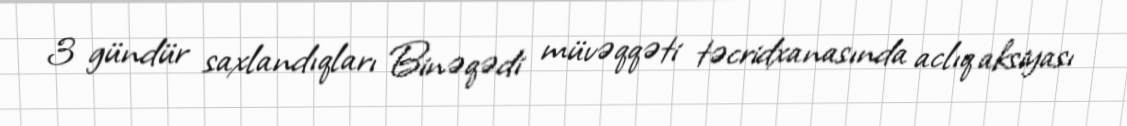
3 gündür saxlandıqları Binəqədi müvəqqəti təcridxanasında aclıq aksiyası